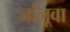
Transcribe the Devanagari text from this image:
जांजूवा